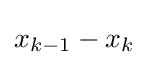
x_{k-1}-x_{k}